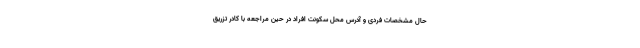
حال مشخصات فردی و آدرس محل سکونت افراد در حین مراجعه با کادر تزریق